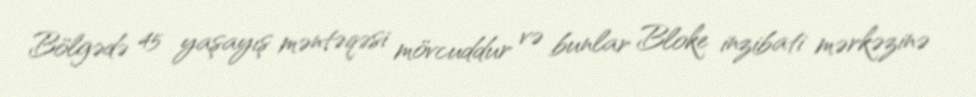
Bölgədə 45 yaşayış məntəqəsi mövcuddur və bunlar Bloke inzibati mərkəzinə